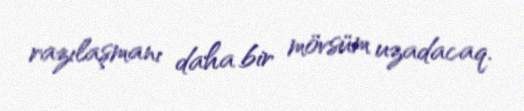
razılaşmanı daha bir mövsüm uzadacaq.